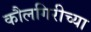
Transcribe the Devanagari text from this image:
कौलगिरीच्या